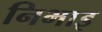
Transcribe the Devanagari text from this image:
निभाइ